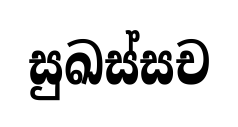
සුඛස්සච